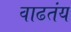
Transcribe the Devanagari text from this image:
वाढतंय